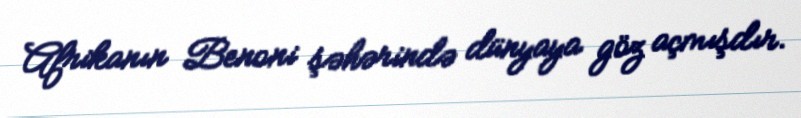
Afrikanın Benoni şəhərində dünyaya göz açmışdır.